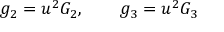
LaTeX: g _ { 2 } = u ^ { 2 } G _ { 2 } , \qquad g _ { 3 } = u ^ { 2 } G _ { 3 }